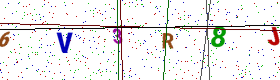
Text: 6V3R8J